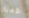
الأميال